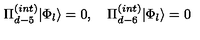
\Pi _ { d - 5 } ^ { ( i n t ) } | \Phi _ { l } \rangle = 0 , \quad \Pi _ { d - 6 } ^ { ( i n t ) } | \Phi _ { l } \rangle = 0